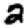
Digit: 2